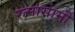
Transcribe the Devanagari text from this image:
रत्नासामी